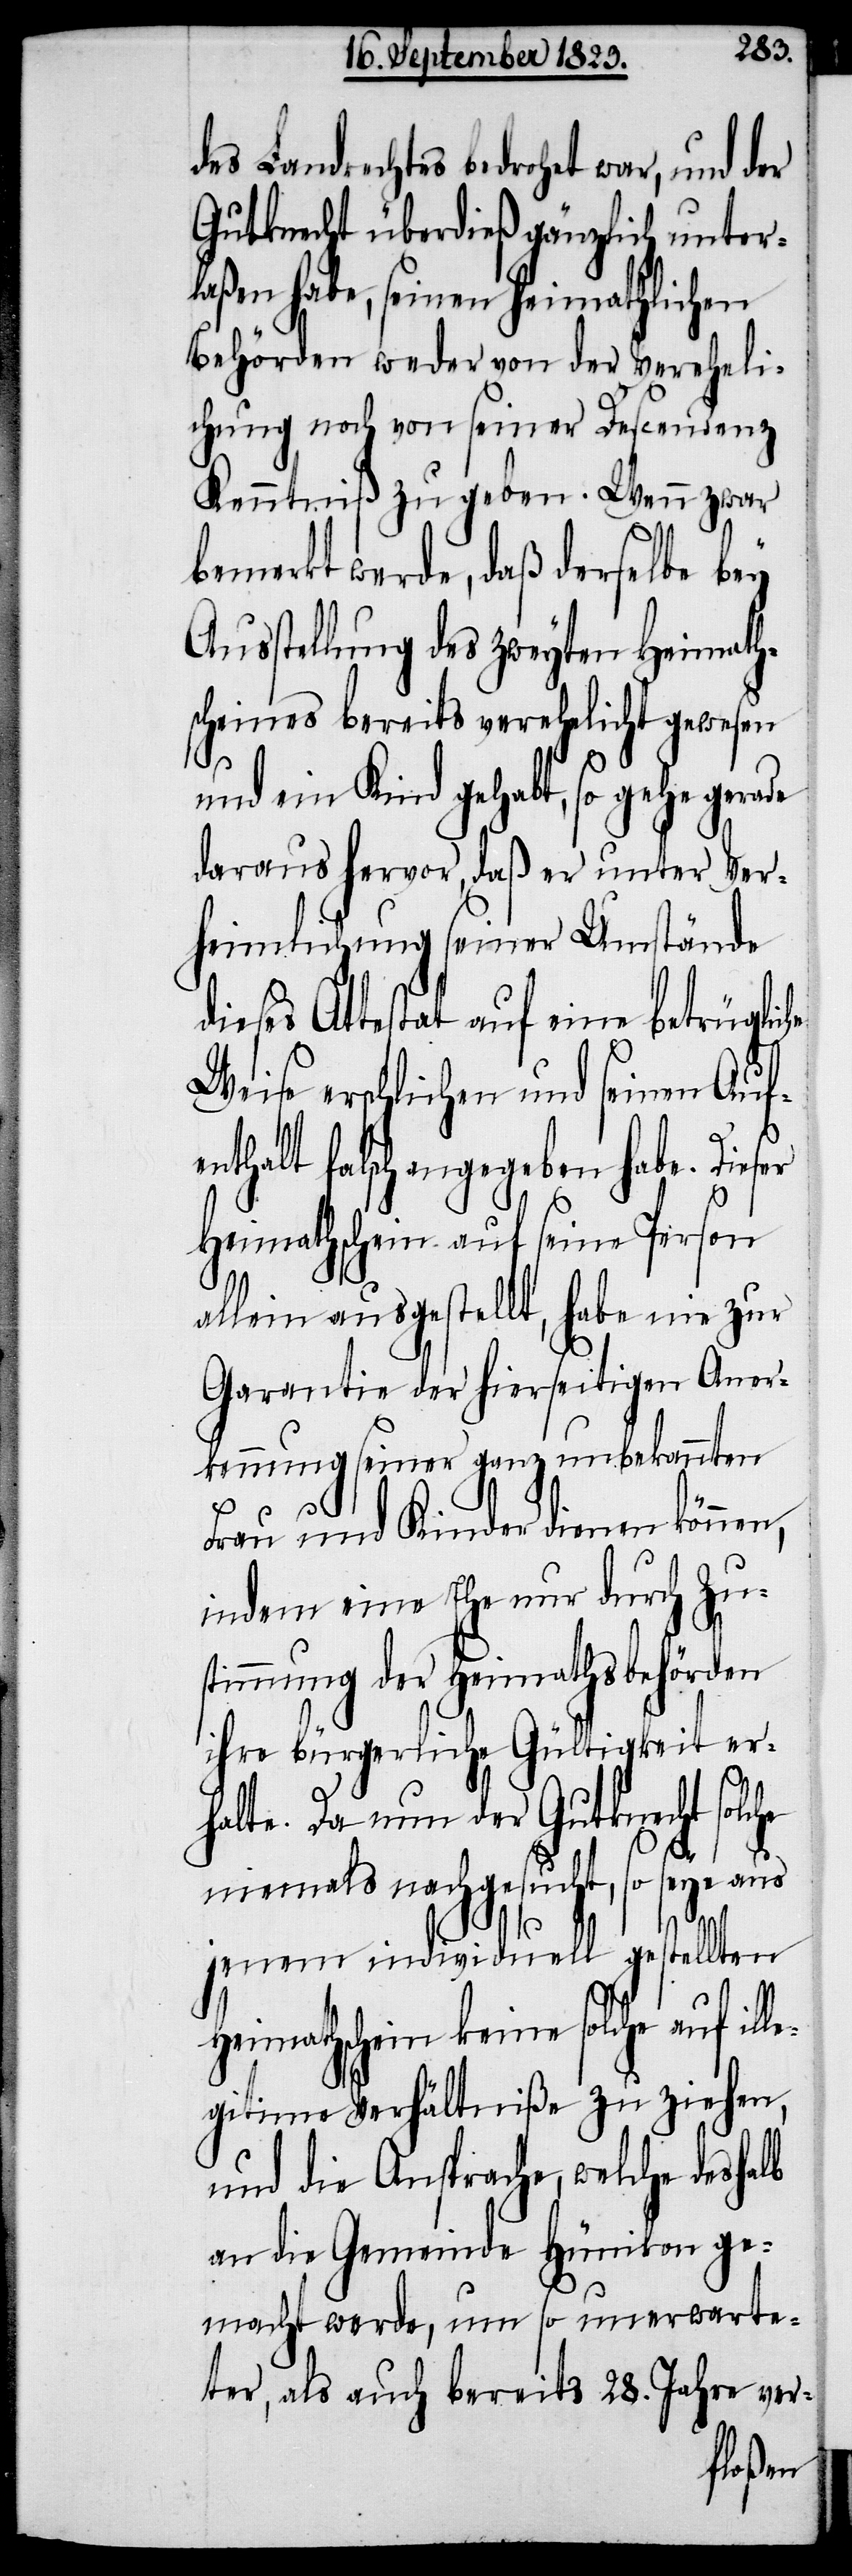
des Landrechtes bedrohet war, und der
Gutknecht überdieß gänzlich unter¬
laßen habe, seinen heimathlichen
Behörden weder von der Vereheli¬
chung noch von seiner Descendenz
Kenntniß zu geben. Wenn zwar
bemerkt werde, daß derselbe bey
Ausstellung des zweyten Heimath¬
scheines bereits verehelicht gewesen
de
und ein Kind gehabt, so gehe gera¬
daraus hervor, daß er unter Ver¬
heimlichung seiner Umstände
dieses Attestat auf eine betrügliche
Weise erschlichen und seinen Auf¬
halt falsch angegeben habe. Di¬
Heimathschein auf seine Person
allein ausgestellt, habe nie zur
Garantie der hierseitigen Aner¬
kennung seiner ganz unbekannten
Frau und Kinder dienen könn¬
indem eine Ehe nur durch Zu¬
stimmung der Heimathsbehörden
ihre bürgerliche Gültigkeit er¬
halte. Da nun der Gutknecht solc¬
niemals nachgesucht, so seye aus
he
jenem individuell gestellten
Heimathschein keine solche auf ill¬
egitime Verhältniße zu ziehen,
und die Ansprache, welche deshalb
an die Gemeinde Hünikon ge¬
macht werde, um so unerwarte¬
ter, als auch bereits 28. Jahre ver-